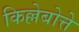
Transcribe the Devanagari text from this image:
किल्लेबोत्ते